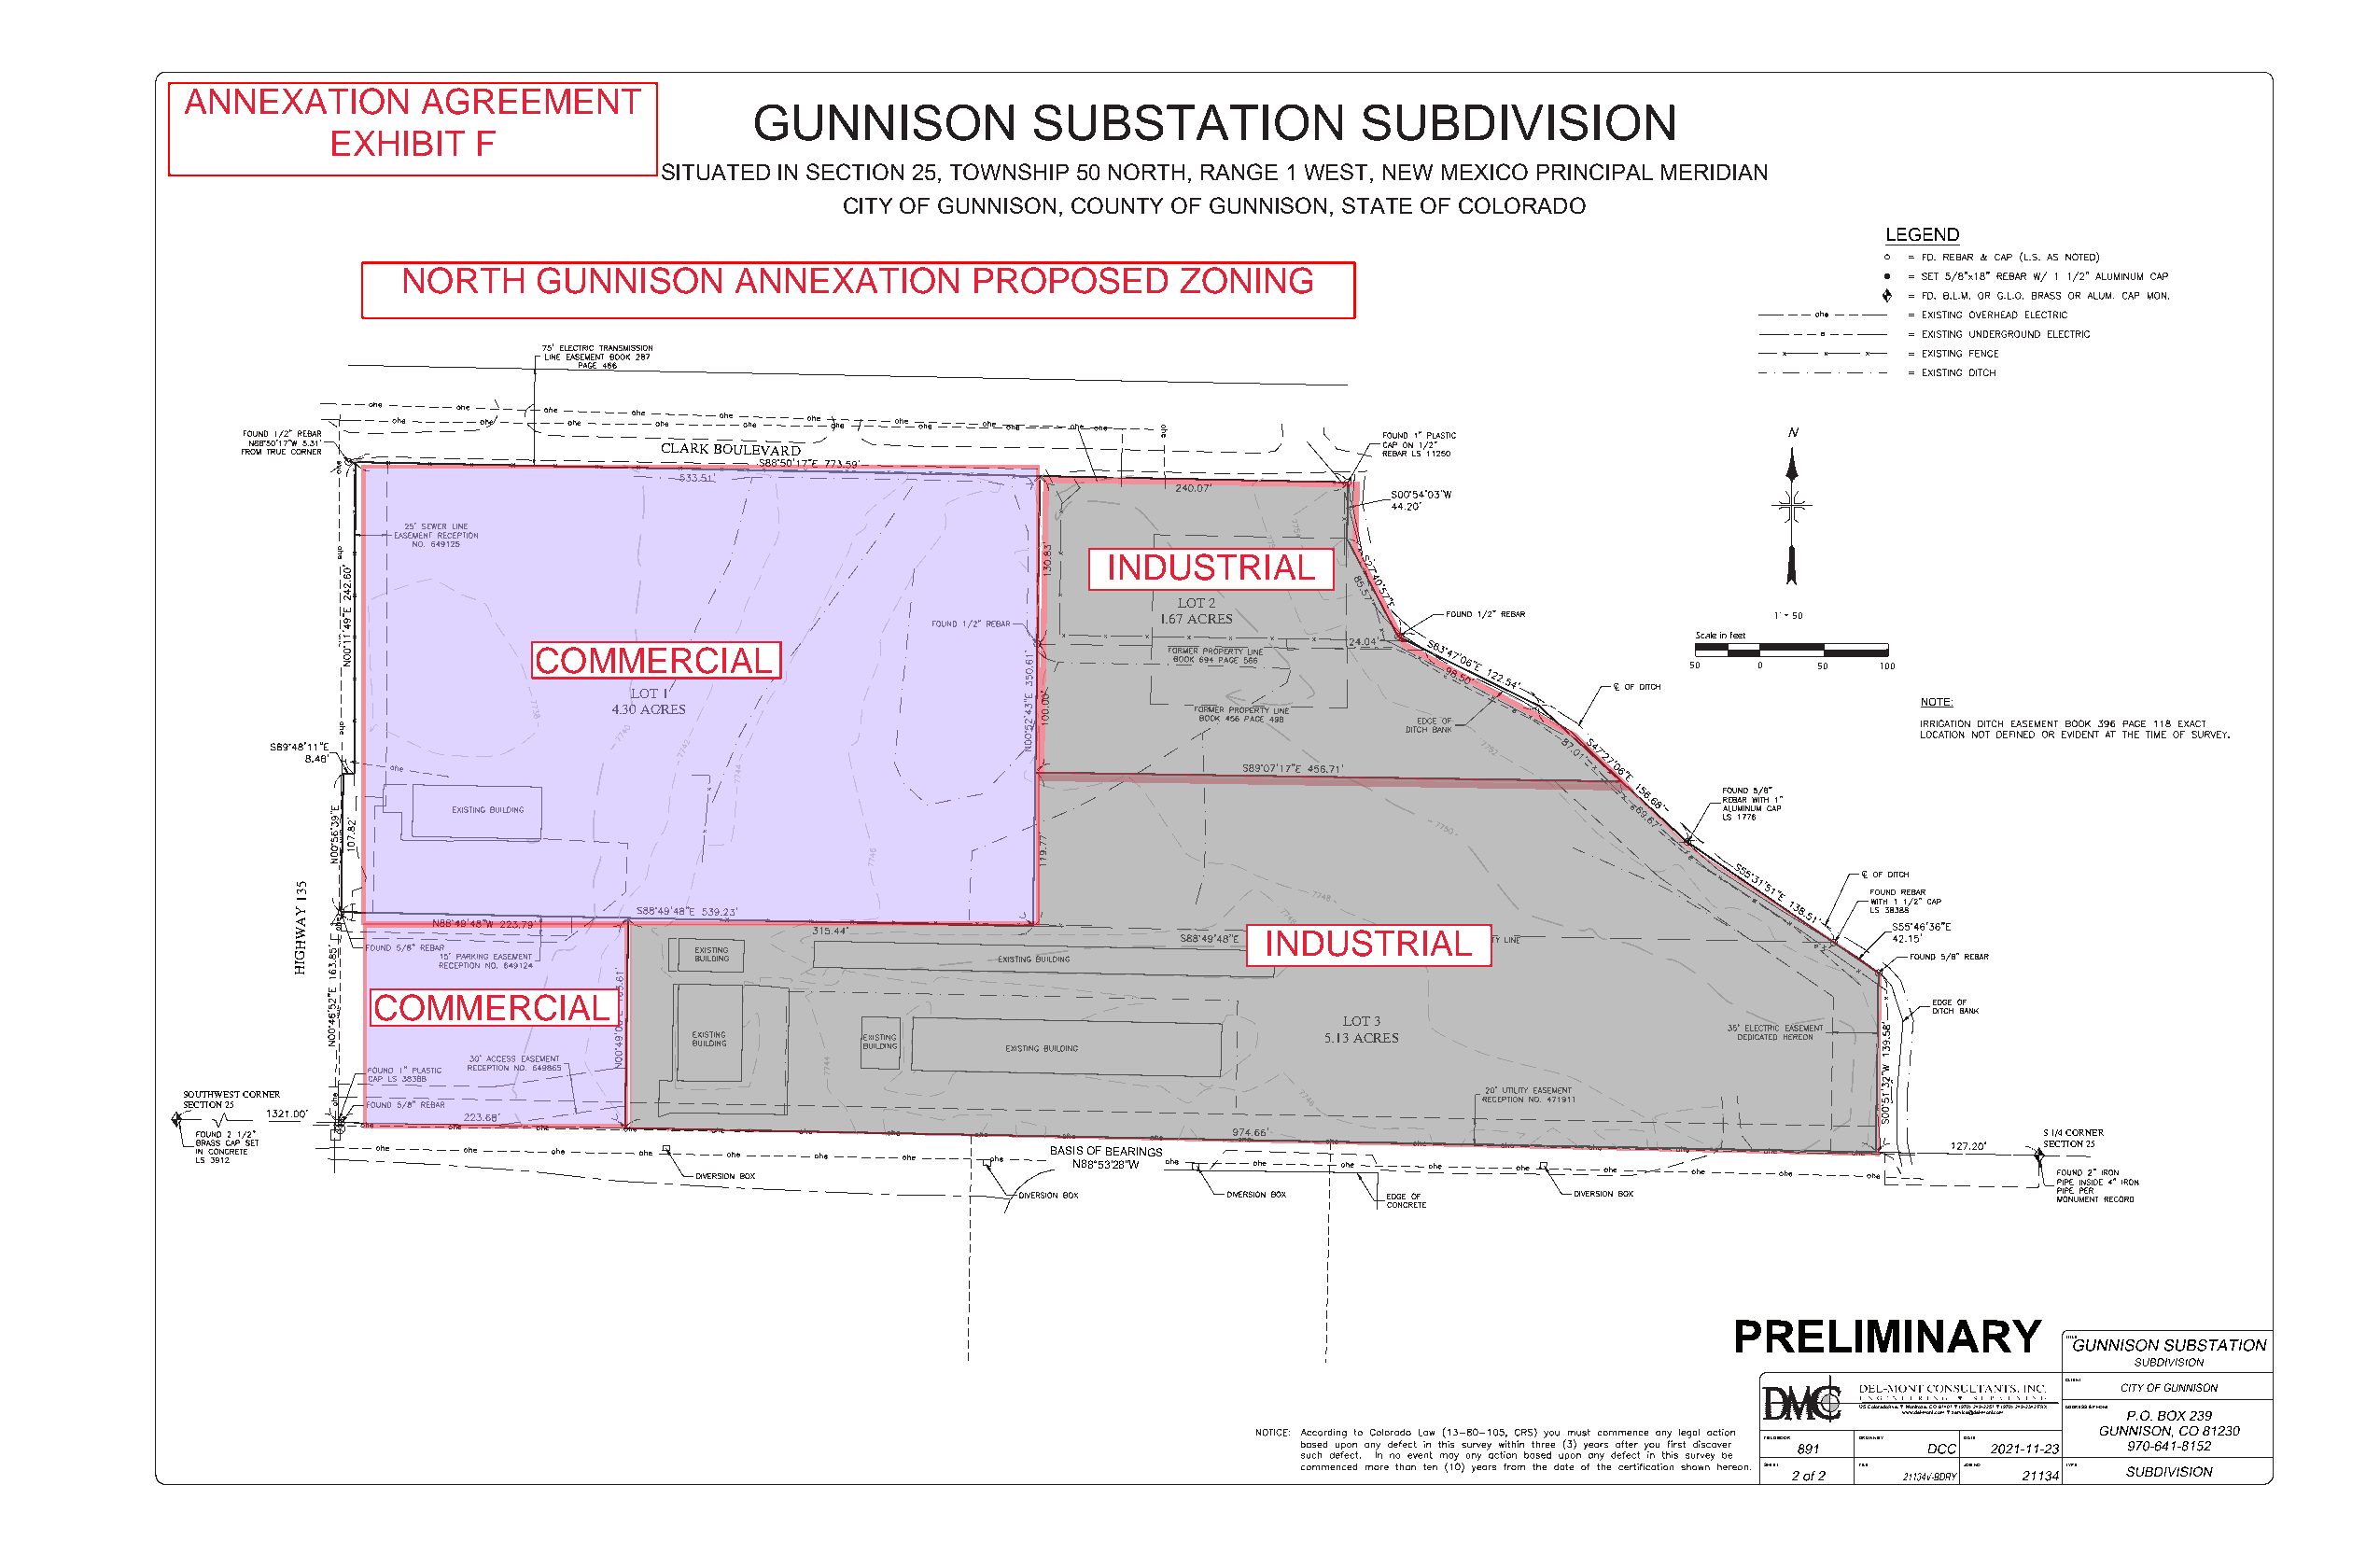
GUNNISON            SUBSTATION             SUBDIVISION
 SITUATED IN SECTION 25, TOWNSHIP 50 NORTH, RANGE 1 WEST, NEW MEXICO PRINCIPAL MERIDIAN
 CITY OF GUNNISON, COUNTY OF GUNNISON, STATE OF COLORADO
 LEGEND
 
 
                                   1" = 5 0'
 Scale in feet
 50'  0   50' 100'
 
 NOTE:
 
 
 
 
 
 
 
 
 
 
 
 
 
 
 
 
 BASIS OF BEARINGS
 N88°53'28"W
 PRELIMINARY
 TTIITTLLEE::
 CCLLIIEENNTT::
 125 Colorado Ave.▼ Montrose, CO 81401 ▼ (970) 249-2251 ▼ (970) 249-2342 FAX AADDDDRREESSSS && PPHHOONNEE::
 www.del-mont.com ▼ service@del-mont.com
 FIELD BOOK: DDRRAAWWNN BBYY:: DDAATTEE::
 SSHHEEEETT:: FFIILLEE:: JJOOBB NNOO..:: TTYYPPEE::